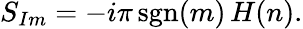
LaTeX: S_{Im}=-i\pi\, \mathrm{sgn}(m)\, H(n).